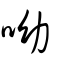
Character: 呦